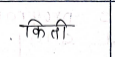
मजकूर: किती